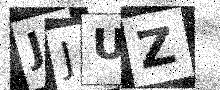
Text: JJUZ